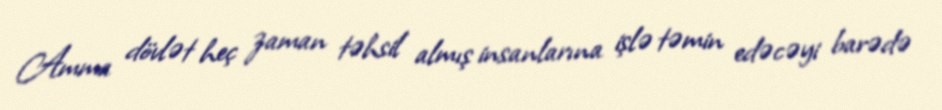
Amma dövlət heç zaman təhsil almış insanlarına işlə təmin edəcəyi barədə